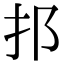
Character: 𨙰